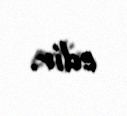
edir.